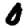
Digit: 0